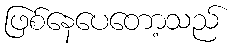
ဖြစ်နေပေတော့သည်